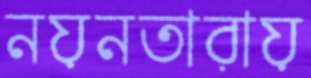
নয়নতারায়